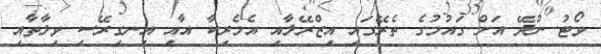
ވޯޓު ނުދޭ އަށް ގައުމުގެ ތެރޭގައި އިޒްރޭލާއި އެމެރިކާ އާއި އިނގިރޭސި ވިލާތާއި